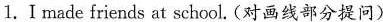
1.I \underline{made friends} at school. (对画线部分提问)